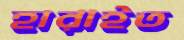
হারাইত